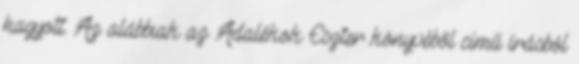
hagyott. Az alábbiak az Adalékok Eszter könyvéből című írásból